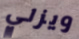
ويزلي